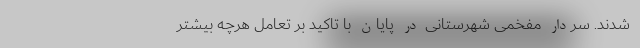
شدند. سردار مفخمی شهرستانی در پایان با تاکید بر تعامل هرچه بیشتر